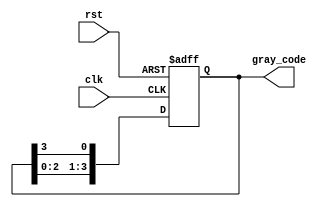
module GrayCodeRingCounter(
    input wire clk,
    input wire rst,
    output reg [3:0] gray_code
);

reg [3:0] state;

always @(posedge clk or posedge rst) begin
    if (rst) begin
        state <= 4'b0000;
    end else begin
        state <= {state[2:0], state[3]};
    end
end

assign gray_code = state;

endmodule